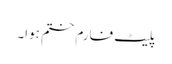
پلیٹ فارم ختم ہوا۔